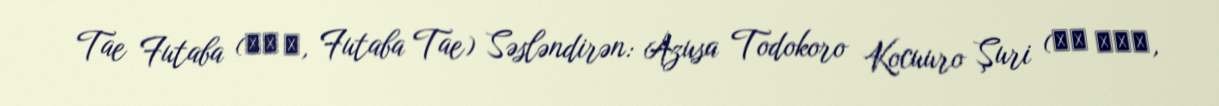
Tae Futaba (双葉 妙, Futaba Tae) Səsləndirən: Azusa Todokoro Kocuuro Şuri (朱里 小十郎,